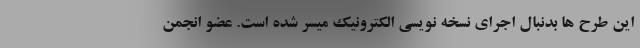
این طرح ها بدنبال اجرای نسخه نویسی الکترونیک میسر شده است. عضو انجمن